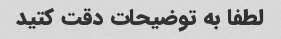
لطفا به توضیحات دقت کتید